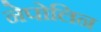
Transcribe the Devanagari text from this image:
नेपोलिन